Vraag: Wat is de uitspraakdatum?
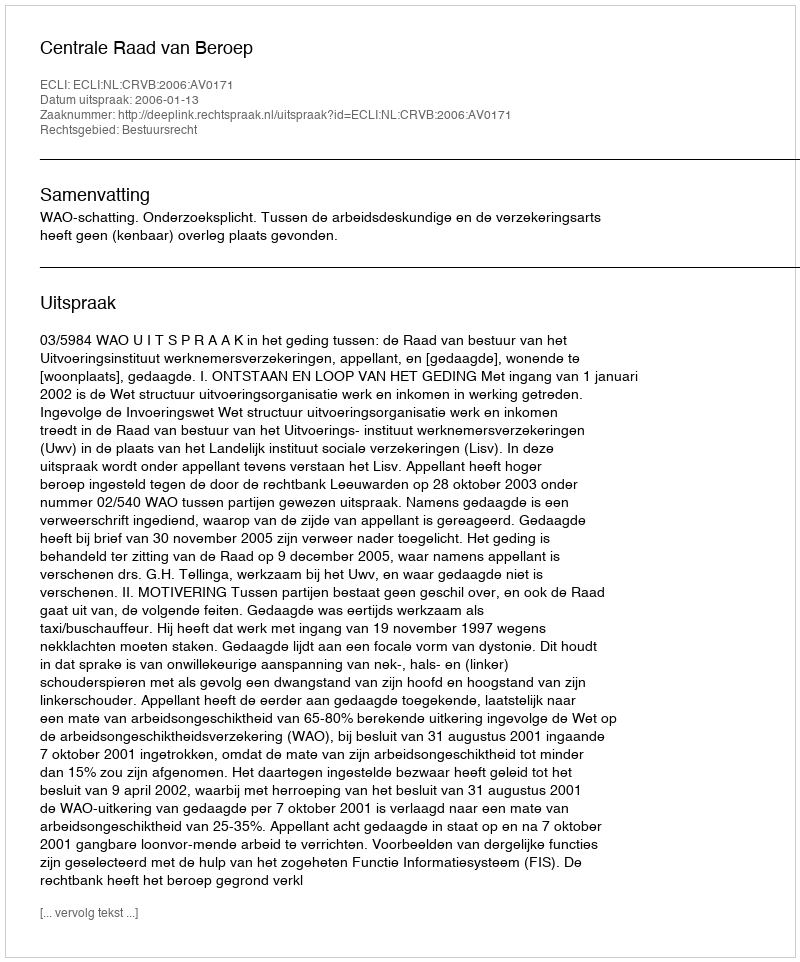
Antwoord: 2006-01-13